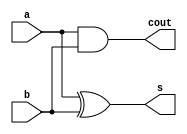
module half_adder(output cout,output s, input a, input b);

    and(cout,a,b);
    xor(s,a,b);

endmodule